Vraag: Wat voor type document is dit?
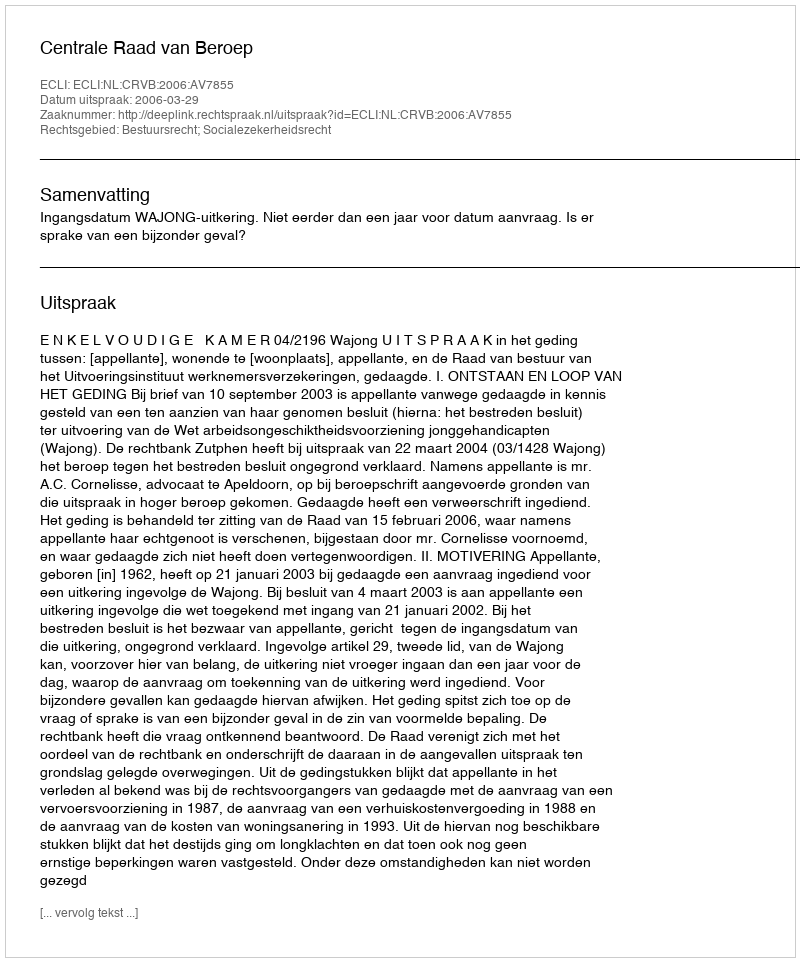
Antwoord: Uitspraak